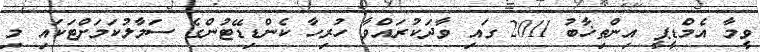
ވީމާ އެމްޑީޕީ އިންތިޚާބު 2011 ގައި ވާދަކުރައްވާ ހުރިހާ ކެންޑިޑޭޓުންގެ ސަމާލުކަމަށްޓަކައި މި